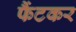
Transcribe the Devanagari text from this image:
फैंटकर